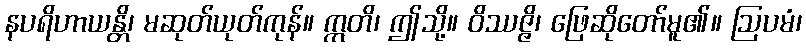
နပရိဟာယန္တိ၊ မဆုတ်ယုတ်ကုန်။ ဣတိ၊ ဤသို့။ ဝိဿဇ္ဇိ၊ ဖြေဆိုတော်မူ၏။ ဩပမံ၊